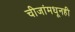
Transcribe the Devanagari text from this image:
चीजांमधूनही